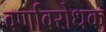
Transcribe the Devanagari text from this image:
वर्णावरोधक